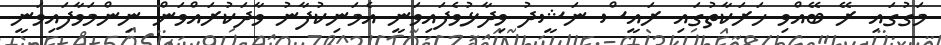
މަގުގައި ރޭ ބޭއްވި ހަރަކާތުގައި ރައީސް ނަޝީދު ވިދާޅުވެފައިވަނީ އެމަނިކުފާނު ވާދަކުރައްވަން ނިންމަވާފައިވަނީ